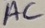
Text: AC